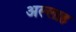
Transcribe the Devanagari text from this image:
अल्‍लाह